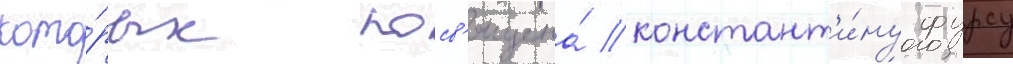
кото́рых посв'ящена́ констант'и́ну фурсу